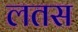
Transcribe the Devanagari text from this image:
लतस